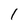
Character: l